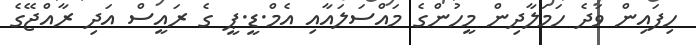
ހިފައިން ވަދެ ހަމަލާދިން މީހުންގެ މައްސަލައާއި އެމް.ޑީ.ޕީ ގެ ރައީސް އަދި ރާއްޖޭގެ